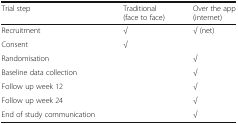
<table><thead><tr><td><b>Trial step</b></td><td><b>Traditional (face to face)</b></td><td><b>Over the app (internet)</b></td></tr></thead><tbody><tr><td>Recruitment</td><td>√</td><td>√ (net)</td></tr><tr><td>Consent</td><td>√</td><td></td></tr><tr><td>Randomisation</td><td></td><td>√</td></tr><tr><td>Baseline data collection</td><td></td><td>√</td></tr><tr><td>Follow up week 12</td><td></td><td>√</td></tr><tr><td>Follow up week 24</td><td></td><td>√</td></tr><tr><td>End of study communication</td><td></td><td>√</td></tr></tbody></table>